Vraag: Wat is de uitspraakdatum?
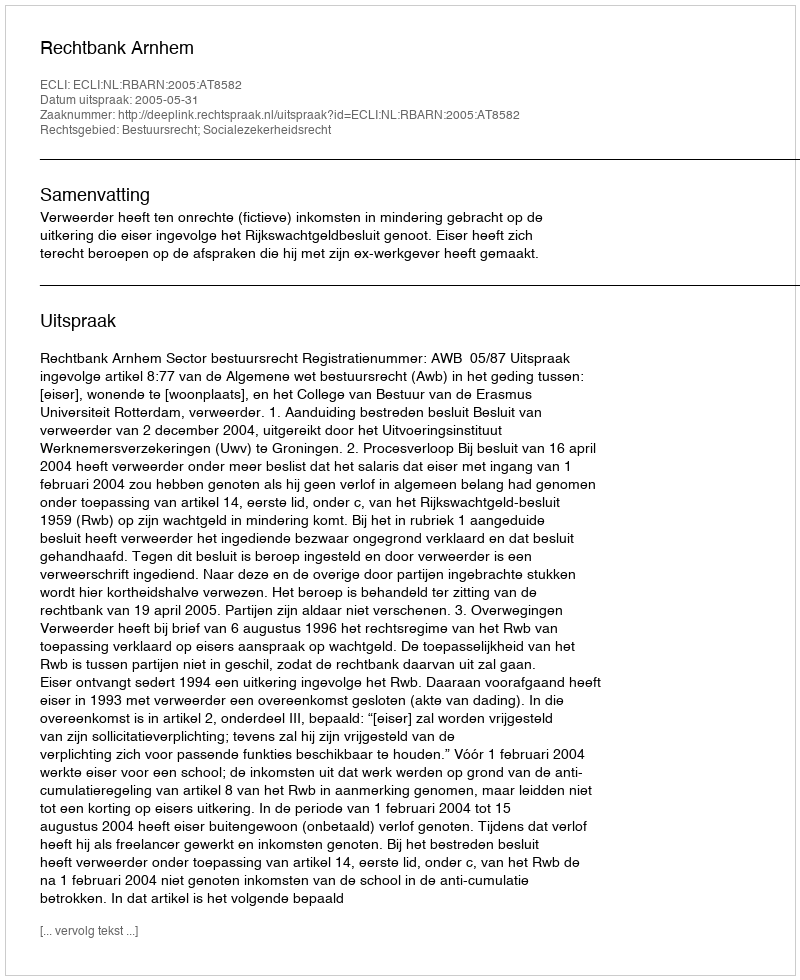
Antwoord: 2005-05-31